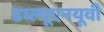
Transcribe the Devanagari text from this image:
डब्ल्यूएनयूवी